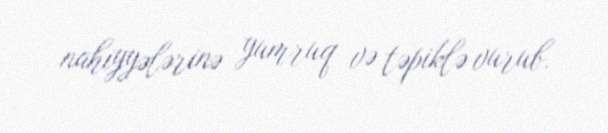
nahiyyələrinə yumruq və təpiklə vurub.